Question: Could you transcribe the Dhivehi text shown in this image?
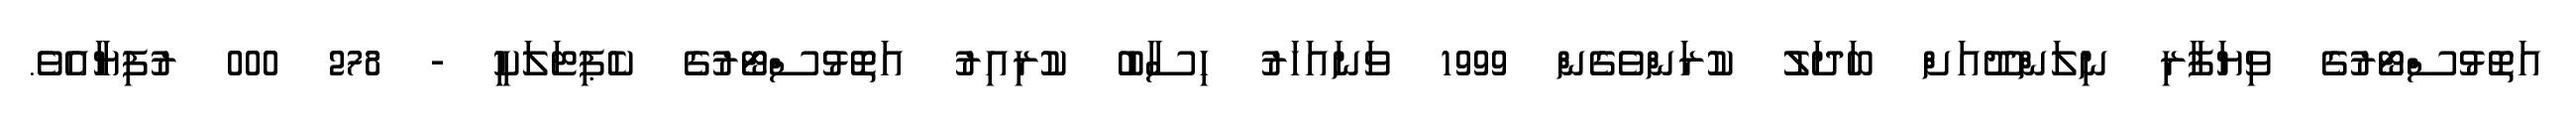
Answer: އަތޮޅުސްޓޯރުގެ ވިޔަފާރި ނިލަންދޫއަށް ބަދަލު ކުރަންވެގެން 1999 ވަނައަހަރު ހިސާބު ކުރިއިރު އަތޮޅުސްޓޯރުގެ ކެޕިޓަލަކީ - 278 000 ރުފިޔާއެވެ.